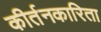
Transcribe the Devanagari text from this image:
कीर्तनकारिता